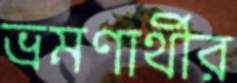
ভ্রমণার্থীর